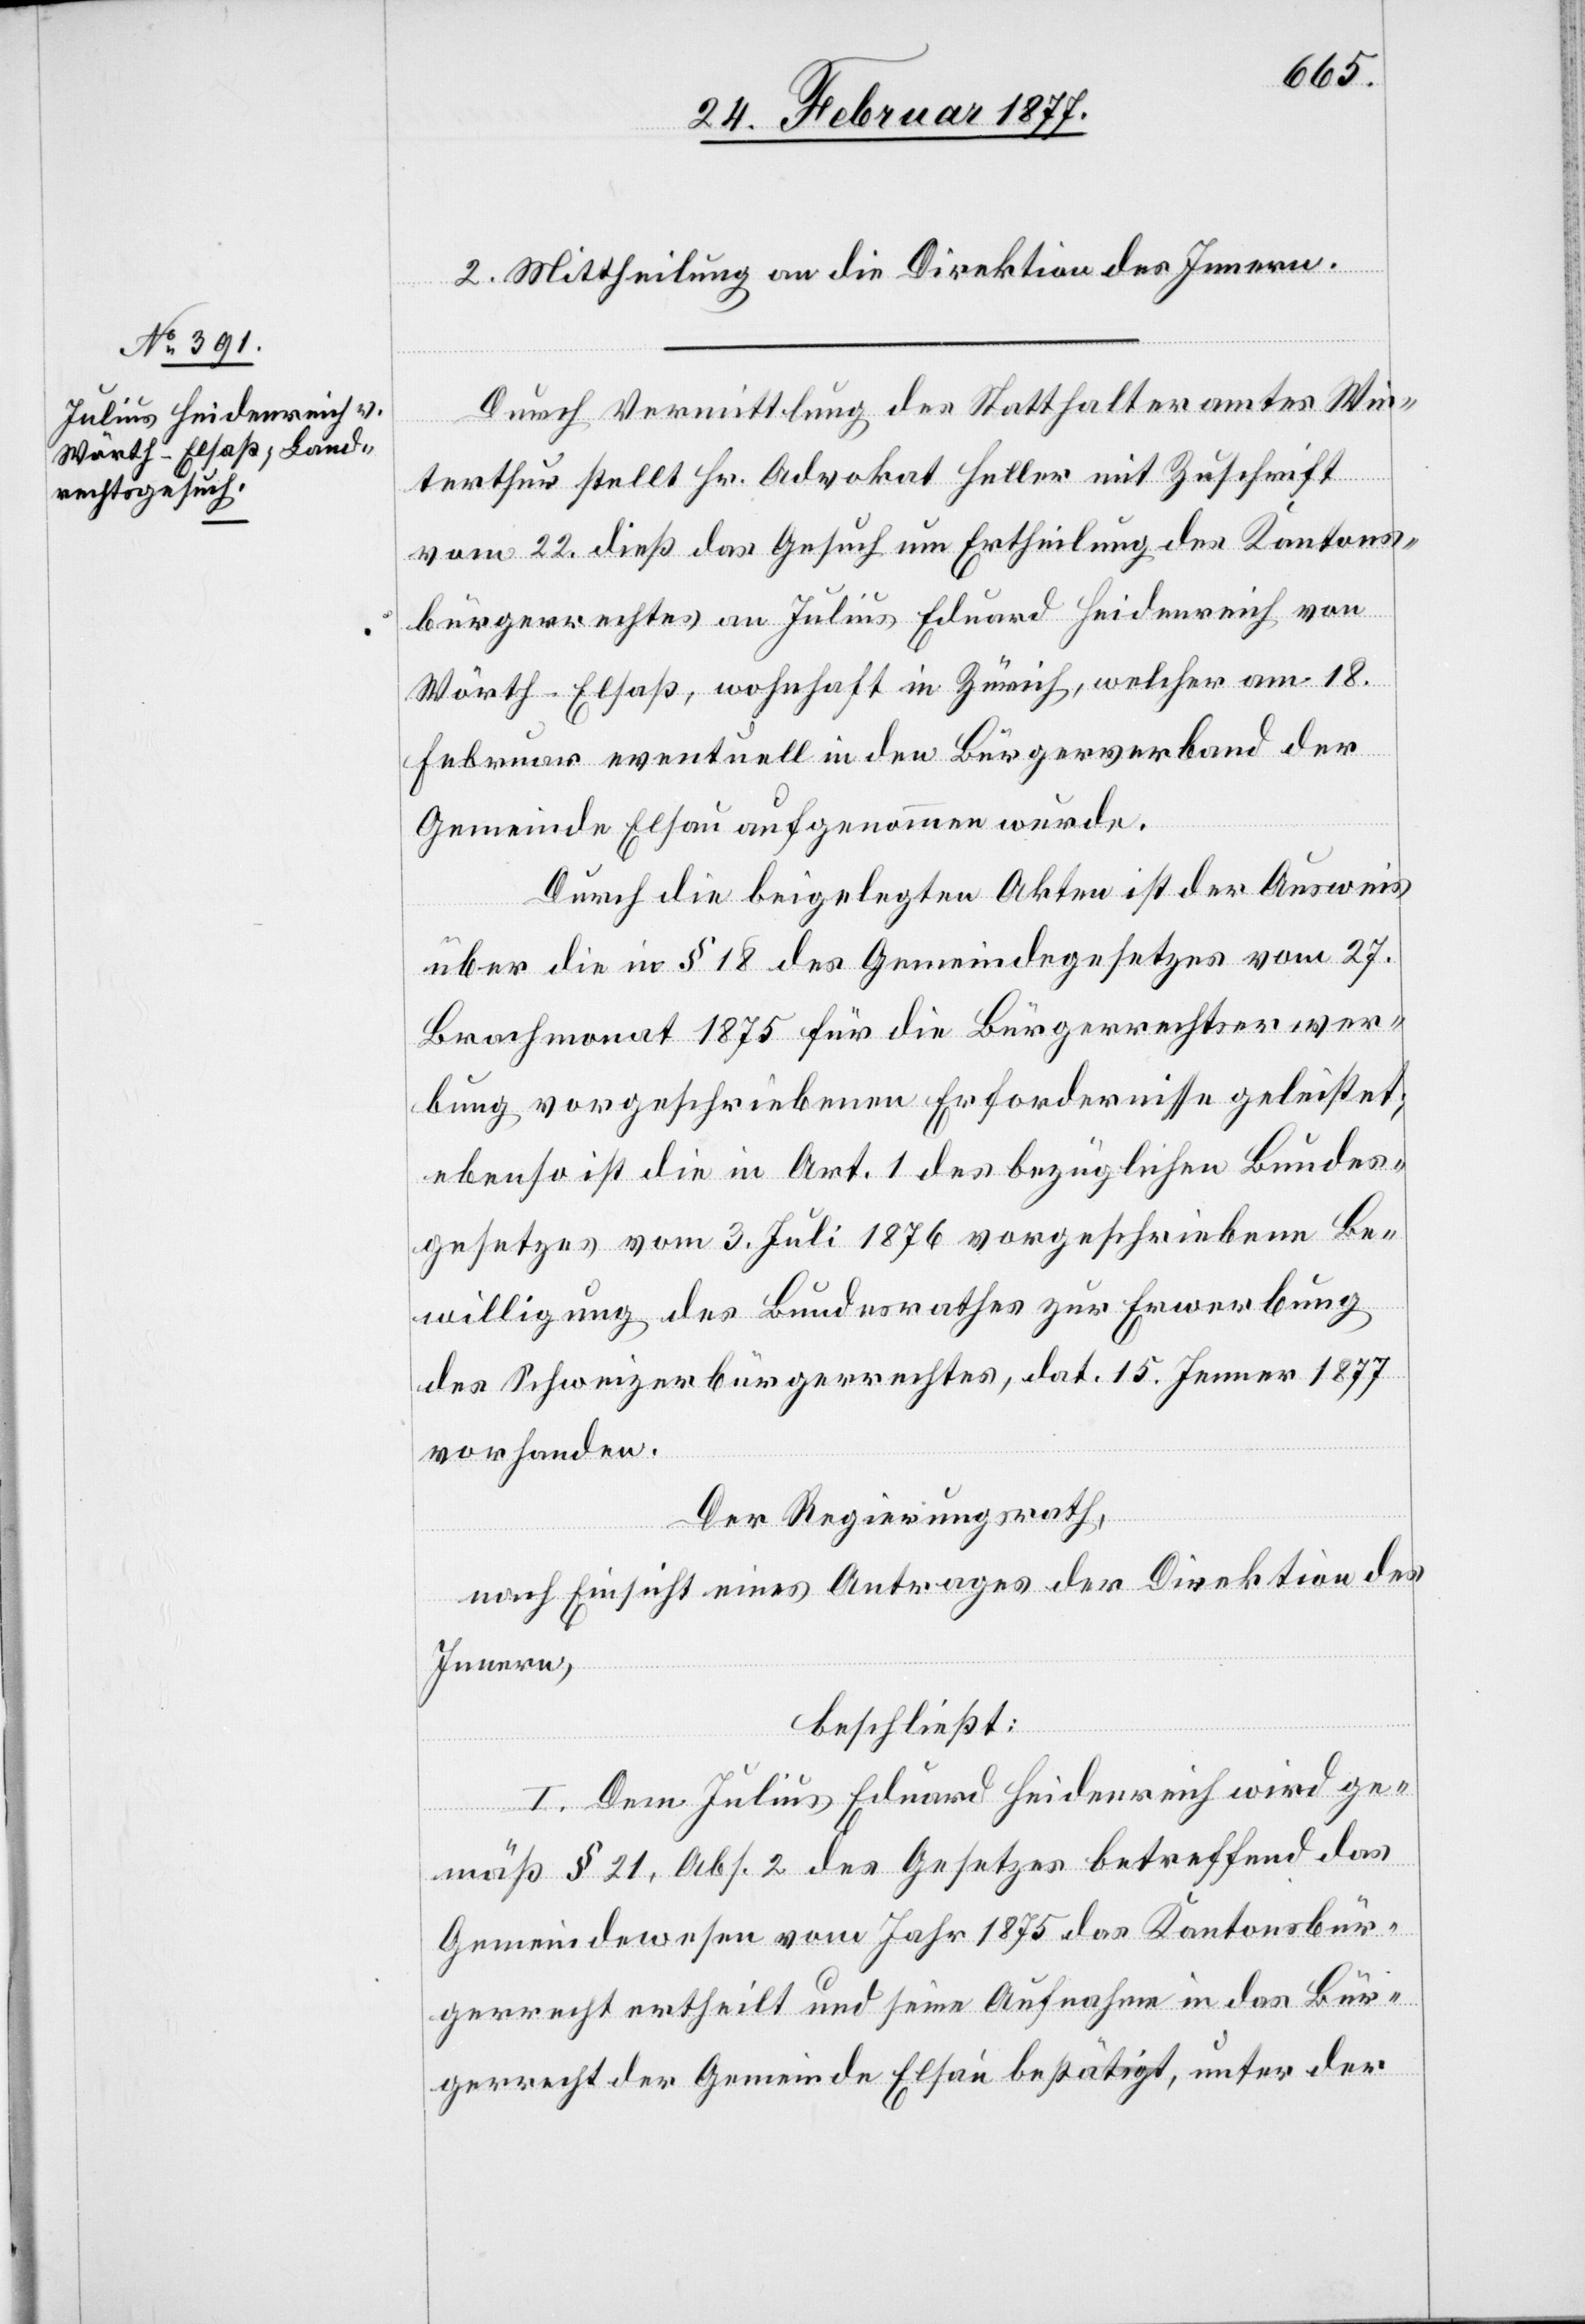
ung

2. Mittheilung an die Direktion des Innern.
Durch Vermittlung des Statthalteramtes Win¬
terthur stellt Hr. Advokat Heller mit Zuschrift
vom 22. dieß das Gesuch um Ertheilung des Kantons¬
bürgerrechtes an Julius Eduard Heidenreich von
Wörth - Elsaß, wohnhaft in Zürich, welcher am 18.
Februar eventuell in den Bürgerverband der
Gemeinde Elsau aufgenommen wurde.
Durch beigelegte Akten ist der Ausweis
über die in § 18 des Gemeindegesetzes vom 27.
Brachmonat 1875 für die Bürgerrechtserwer¬
bung vorgeschriebenen Erfordernisse geleistet;
ebenso ist die in Art. 1 vorgeschriebene Bewillig¬
des Schweizerbürgerrechtes, dat. 15. Jenner 1877
vorhanden.
Der Regierungsrath,
nach Einsicht eines Antrages der Direktion des
Innern,
beschließt:
1. Dem Julius Eduard Heidenreich wird ge¬
mäß § 21, Abs. 2 des Gesetzes betreffend das
Gemeindewesen vom Jahr 1875 das Kantonsbür¬
gerrecht ertheilt und seine Aufnahme in das Bür¬
gerrecht der Gemeinde Elsau bestätigt, unter der